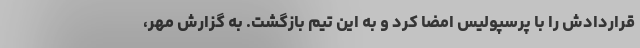
قراردادش را با پرسپولیس امضا کرد و به این تیم بازگشت. به گزارش مهر،